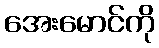
အေးမောင်ကို